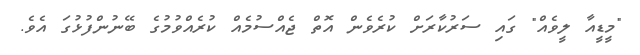
"މީޑީއާ ލީވެއް" ގައި ސަރުކާރަށް ކުރެވެން އޮތް ޖެއްސުމެއް ކުރެއްވުމުގެ ބޭނުންފުޅުގަ އެވެ.